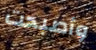
وأصبحت